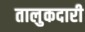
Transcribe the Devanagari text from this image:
तालुकदारी